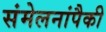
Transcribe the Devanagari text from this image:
संमेलनांपैकी